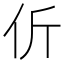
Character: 伒